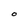
Character: O